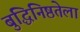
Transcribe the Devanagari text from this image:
बुद्धिनिष्ठतेला